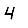
Digit: 4